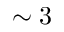
\sim 3